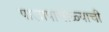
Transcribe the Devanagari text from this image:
पालापाचोळ्याची